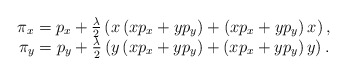
\begin{align*}\begin{array}{c} \pi_x= p_x + \frac{\lambda}{2}\left( x \left( x p_x + y p_y\right)+ \left( x p_x + yp_y\right) x \right),\\ \pi_y = p_y + \frac{\lambda}{2}\left( y \left( x p_x + y p_y\right)+ \left( x p_x + yp_y\right) y \right).\end{array}\end{align*}